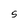
Character: S